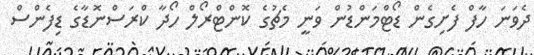
ދެވަނަ ހާފް ފެށިގެން ޑޯޓްމަންޑުން ވަނީ މެޗުގެ ކޮންޓްރޯލް ހޯދާ ކްރަސްނޮޑާގެ ޑިފެންސް